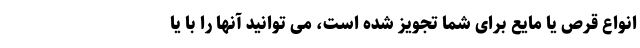
انواع قرص یا مایع برای شما تجویز شده است، می توانید آنها را با یا